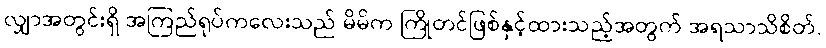
လျှာအတွင်းရှိ အကြည်ရုပ်ကလေးသည် မိမိက ကြိုတင်ဖြစ်နှင့်ထားသည့်အတွက် အရသာသိစိတ်,